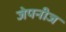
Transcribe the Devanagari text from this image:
जेपनीज